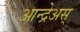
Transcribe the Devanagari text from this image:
आन्द्रेअस्